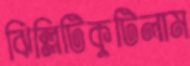
ঝিল্লিটিকুটিলাম